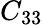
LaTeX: C_{33}